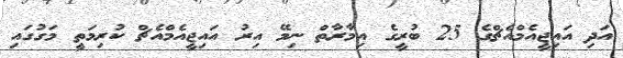
އަދި އައިޖީއެމްއެޗްގެ 25 ބުރީގެ އިމާރާތް ނިމޭ އިރު އައިޖީއެމްއެޗް ކުރިމަތީ މަގުގައި